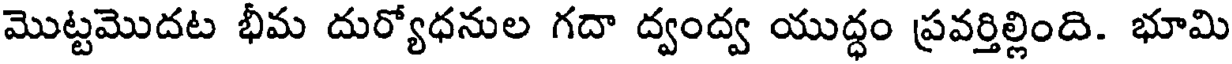
మొట్టమొదట భీమ దుర్యోధనుల గదా ద్వంద్వ యుద్ధం ప్రవర్తిల్లింది. భూమి